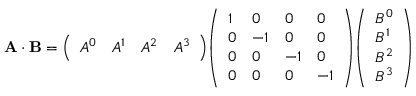
\mathbf { A \cdot B } = { \left( \begin{array} { l l l l } { A ^ { 0 } } & { A ^ { 1 } } & { A ^ { 2 } } & { A ^ { 3 } } \end{array} \right) } { \left( \begin{array} { l l l l } { 1 } & { 0 } & { 0 } & { 0 } \\ { 0 } & { - 1 } & { 0 } & { 0 } \\ { 0 } & { 0 } & { - 1 } & { 0 } \\ { 0 } & { 0 } & { 0 } & { - 1 } \end{array} \right) } { \left( \begin{array} { l } { B ^ { 0 } } \\ { B ^ { 1 } } \\ { B ^ { 2 } } \\ { B ^ { 3 } } \end{array} \right) }